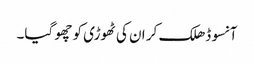
آنسو ڈھلک کر ان کی ٹھوڑی کو چھو گیا۔